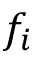
f _ { i }